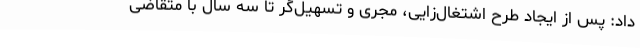
داد: پس از ایجاد طرح اشتغال‌زایی، مجری و تسهیل‌گر تا سه سال با متقاضی